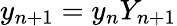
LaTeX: y_{n+1}=y_{n}Y_{n+1}